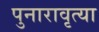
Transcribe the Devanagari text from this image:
पुनारावृत्या